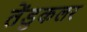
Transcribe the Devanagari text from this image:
तेंडुकलर